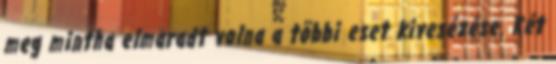
meg mintha elmaradt volna a többi eset kivesézése. Két